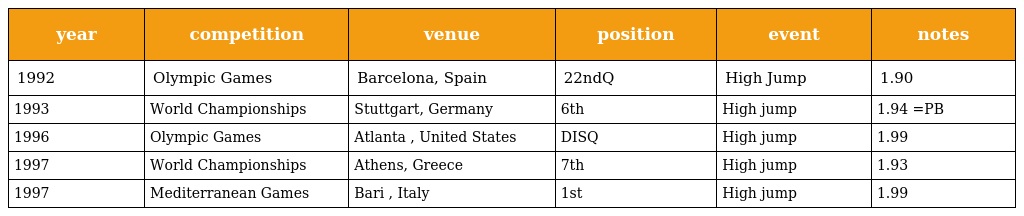
| year | competition | venue | position | event | notes |
 | --- | --- | --- | --- | --- | --- |
 | 1992 | Olympic Games | Barcelona, Spain | 22ndQ | High Jump | 1.90 |
 | 1993 | World Championships | Stuttgart, Germany | 6th | High jump | 1.94 =PB |
 | 1996 | Olympic Games | Atlanta , United States | DISQ | High jump | 1.99 |
 | 1997 | World Championships | Athens, Greece | 7th | High jump | 1.93 |
 | 1997 | Mediterranean Games | Bari , Italy | 1st | High jump | 1.99 |